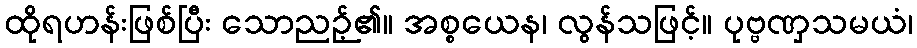
ထိုရဟန်းဖြစ်ပြီး သောညဉ့်၏။ အစ္စယေန၊ လွန်သဖြင့်။ ပုဗ္ဗဏှသမယံ၊